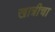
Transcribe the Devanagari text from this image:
खात्रीचा